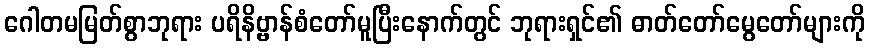
ဂေါတမမြတ်စွာဘုရား ပရိနိဗ္ဗာန်စံတော်မူပြီးနောက်တွင် ဘုရားရှင်၏ ဓာတ်တော်မွေတော်များကို